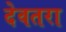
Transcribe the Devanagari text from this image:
देवतरा